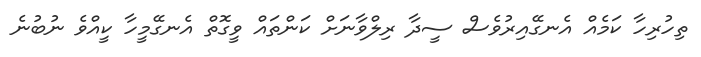
ތިހުރިހާ ކަމެއް އެނގޭއިރުވެސް ސީދާ ރިލްވާނަށް ކަންތައް ވީގޮތް އެނގޭމީހާ ކީއްވެ ނުބުނެ